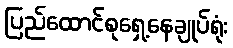
ပြည်ထောင်စုရှေ့နေချုပ်ရုံး